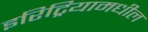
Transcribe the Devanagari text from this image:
इरिट्रियामधील